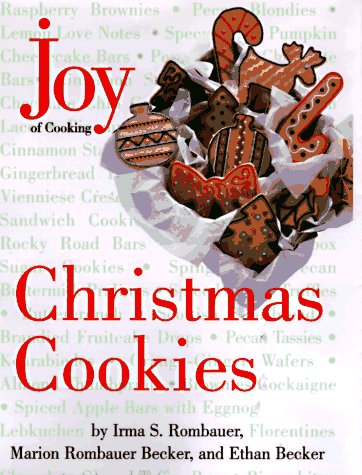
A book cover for Joy of Cooking Christmas Cookies; Irma S. Rombauer; Cookbooks, Food & Wine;